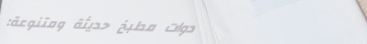
أدوات مطبخ حديثة ومتنوعة: